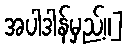
အပါဒါန်မှည့်။]